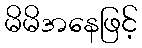
မိမိအနေဖြင့်